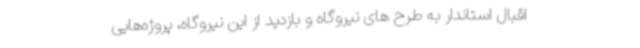
اقبال استاندار به طرح های نیروگاه و بازدید از این نیروگاه، پروژه‌هایی